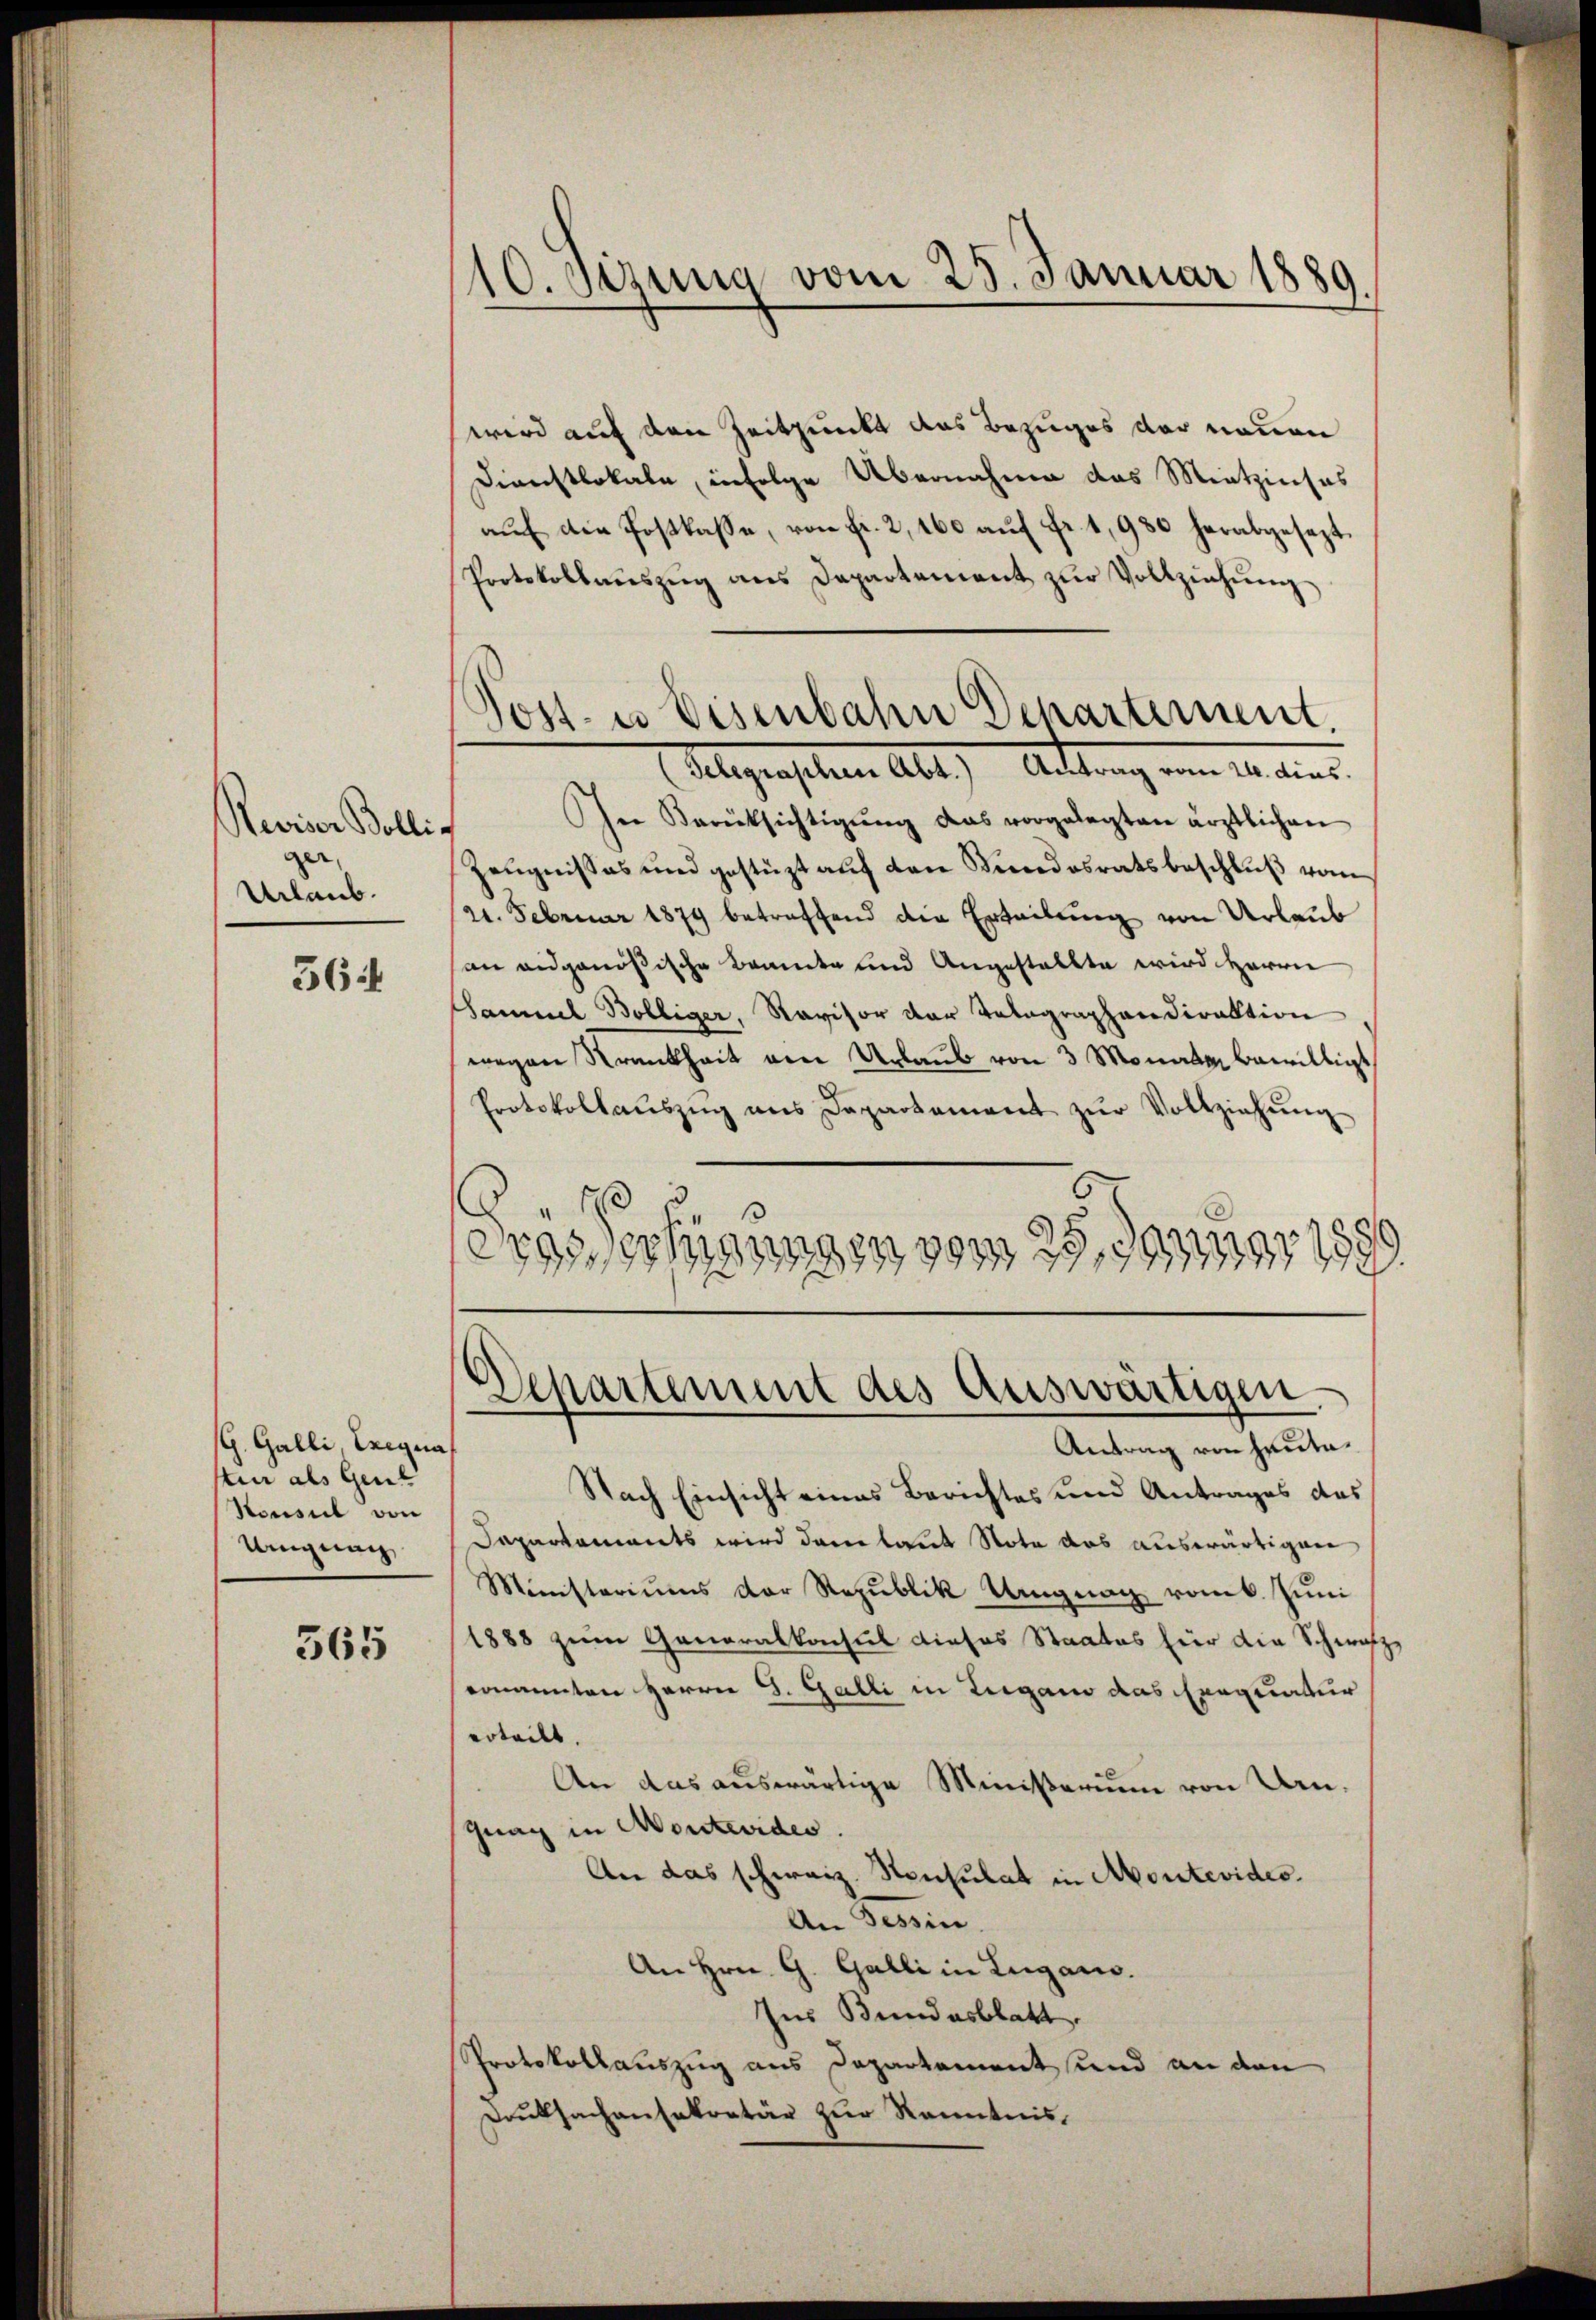
Reviser Bolli-
ger,
Urlaub.

36

G. Galli Exegna
Ain als Gene
Nousel von
Unigung,

365

10. Sezung vom 25. Januar 1889

Post. es Eisenbahn Departement.
(Telegraphen Abt.) Antrag vom 24. dies

wird auf den Zeitpunkt das Bezuges der neuen
Dienstlokale, infolge Übernahme das Mietzinses
aŭf die Postkasse, von fr. 2, 160 aŭf fr. 1,930 herabgesezt
Protokollaŭszŭg ans Departement zŭr Vollziehŭng
In Berücksichtigŭng das vorgelegten ärztlichen
Zeugnisses und gestüzt auf den Kindesratsbeschluß vom
21. Februar 1879 betreffend die Erteilung von Urlaub
son eidgenößische Beamte und Angestellte wird Herrn
Sammel Bolliger, Ravisor der Telegraphendirektion
wegen Krankheit am Urlaub von 3 Monate bewilligt
Protokollaŭszŭg ans Departement zŭr Vollziehŭng
.
288
Vorfangen g
25,798
197989.

Departement des Auswärtigen.

Antrag von heute.
Nach Einsicht eines Berichtes und Antrages das
Daparkoments wird dann laut Note das auswärtigen
Ministeriums der Republik Ungnag romb. Juni
1888 zum Generalkonsul dieses Staates für die Schwarzernannten Herrn G. Galli in Lugano das Exequatur
erteilt.
An das auswärtige Ministerium von Un¬
Gnag in Montevides.
An das schweiz. Konsulat in Montevides.
An Tessin
An Hrn. G. Galli in Lugano.
Ins Bundesblatt
Protokollauszug aus Departement und an den
Druksachensekretär zur Kenntnis.